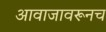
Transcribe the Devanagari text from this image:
आवाजावरूनच